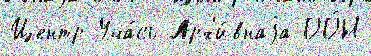
Центр Уча́сь Арх'и́внаjа ОО́Н